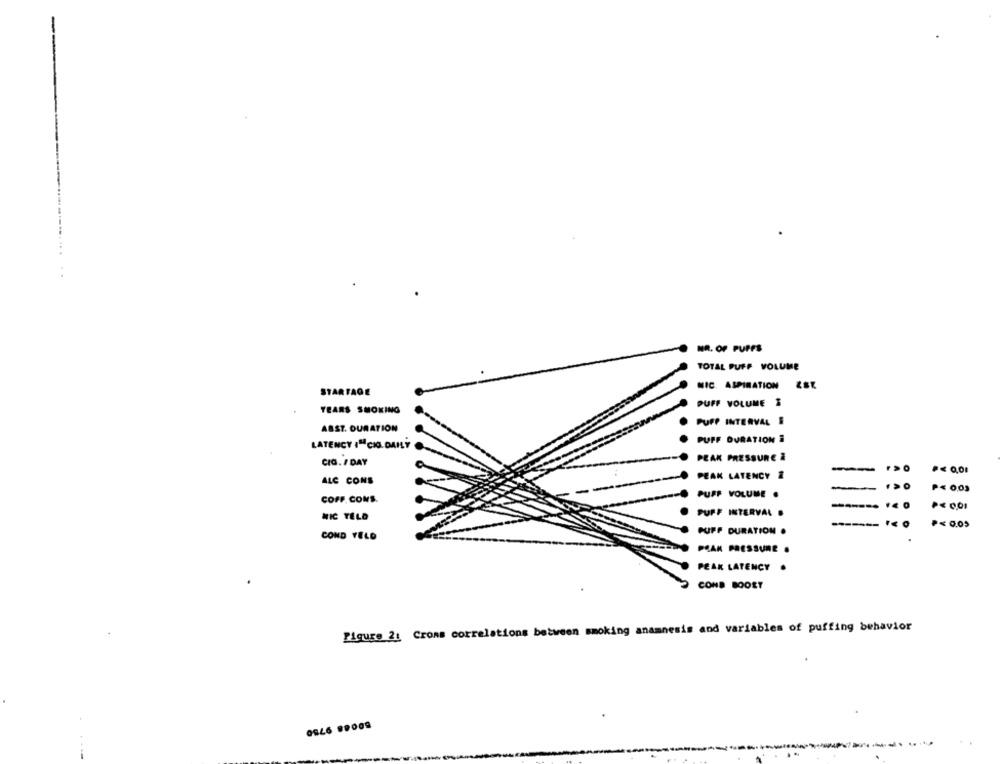
-
NR. OF PUFFS
TOTAL PUFF VOLUME
NIC. ASPIRATION ZER
STARTADE
PUFF VOLUME &
YEARS SMOKING
PUFF INTERVAL S
ABST. DURATION
PUFF DURATION À
LATENCY I" CIG DAILY
PEAK PRESSURE À
CIG. / DAY
ALC CONS
PEAK LATENCY &
-
P< 0,03
PUFF VOLUME .
COFF. COMS.
PUFF INTERVAL .
NIC TELD
------
P<0.05
COND VELD
PUFF DURATION .
PRAK PRESSURE .
PEAK LATENCY .
COND BOOST
Figure 21 Cross correlations between moking anamnesis and variables of puffing behavior